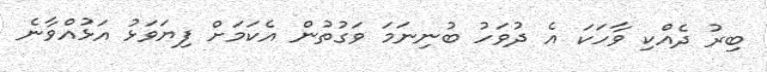
ބިރު ދެއްކި ވާހަކަ އެ ދުވަހު ބުނިނަމަ ވަގުތުން އެކަމަށް ފިޔަވަޅު އަޅުއްވާނެ